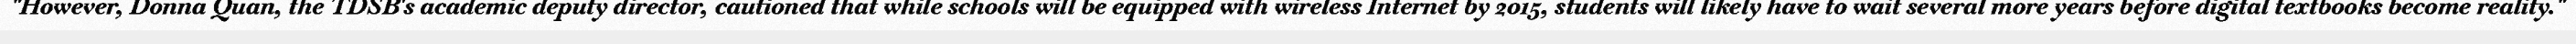
"However, Donna Quan, the TDSB's academic deputy director, cautioned that while schools will be equipped with wireless Internet by 2015, students will likely have to wait several more years before digital textbooks become reality."